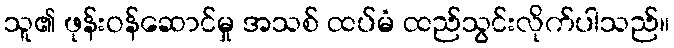
သူ၏ ဖုန်းဝန်ဆောင်မှု အသစ် ထပ်မံ ထည်သွင်းလိုက်ပါသည်။